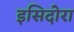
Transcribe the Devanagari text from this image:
इसिदोरा